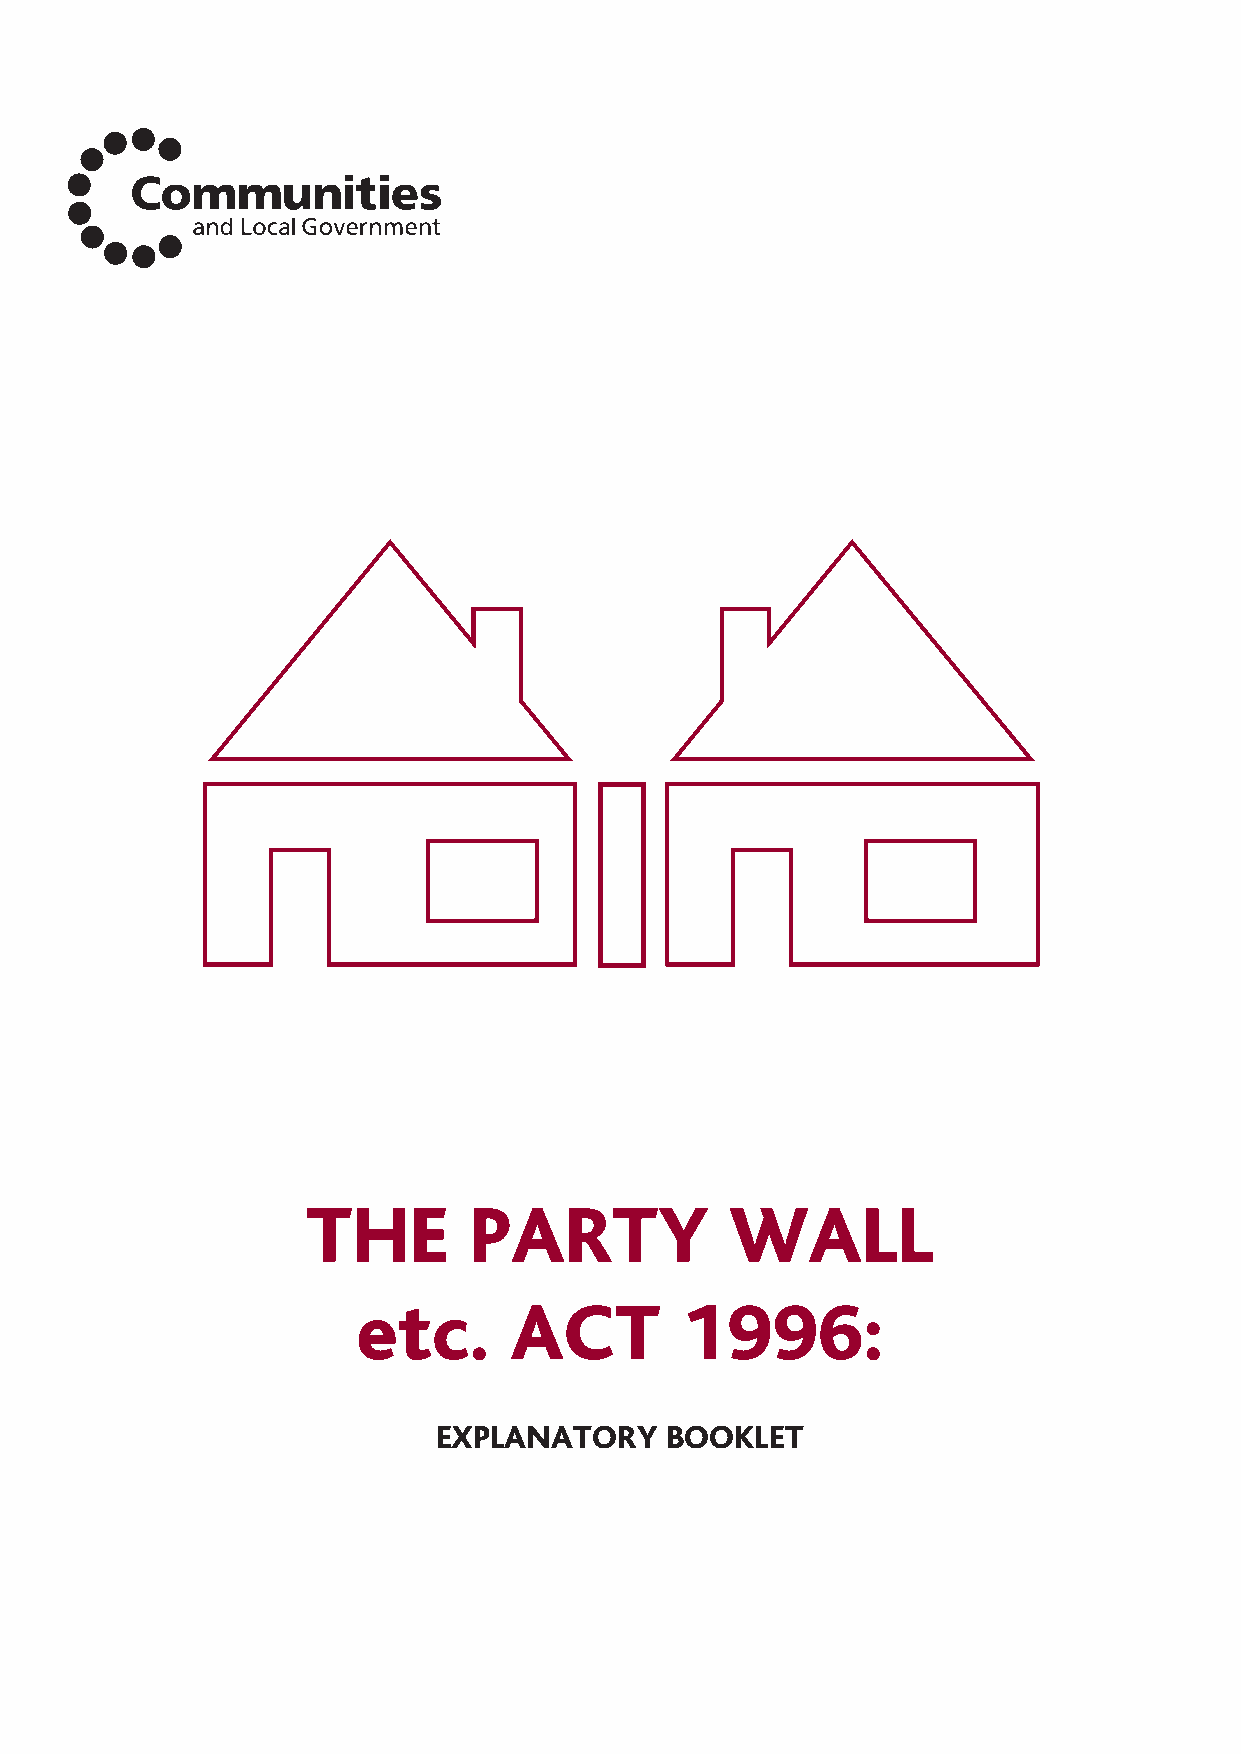
The Party Wall 12/4/07 14:28 Page 4
 THE        PARTY            WALL
 etc.       ACT        1996:
 EXPLANATORY    BOOKLET